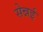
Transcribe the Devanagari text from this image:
सेन्नई